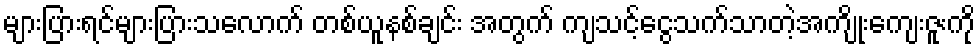
များပြားရင်များပြားသလောက် တစ်ယူနစ်ချင်း အတွက် ကျသင့်ငွေသက်သာတဲ့အကျိုးကျေးဇူးကို